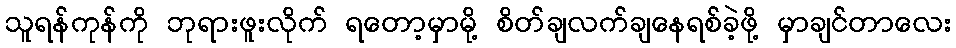
သူရန်ကုန်ကို ဘုရားဖူးလိုက် ရတော့မှာမို့ စိတ်ချလက်ချနေရစ်ခဲ့ဖို့ မှာချင်တာလေး